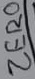
Text: ZERO